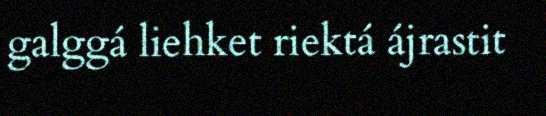
galggá liehket riektá ájrastit